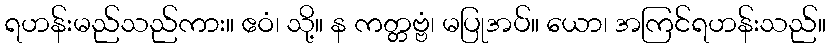
ရဟန်းမည်သည်ကား။ ဧဝံ၊ သို့။ န ကတ္တဗ္ဗံ၊ မပြုအပ်။ ယော၊ အကြင်ရဟန်းသည်။